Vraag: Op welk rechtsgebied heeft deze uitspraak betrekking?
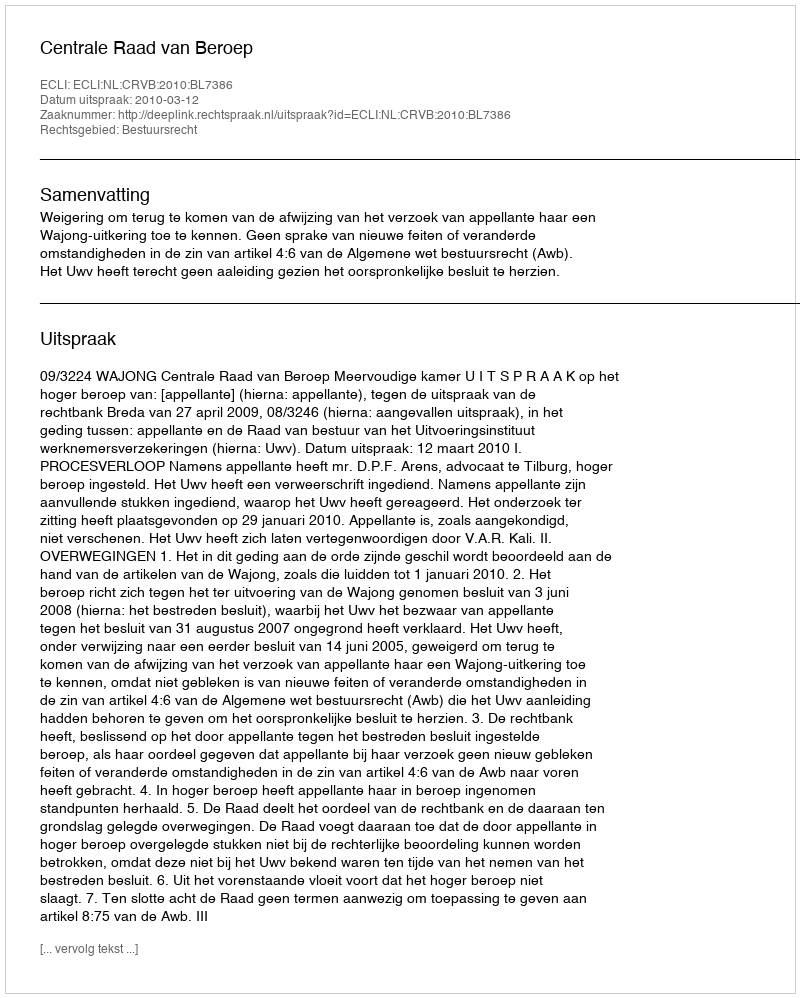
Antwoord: Bestuursrecht